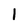
Character: 1